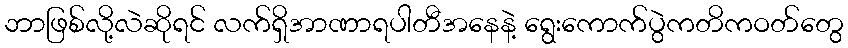
ဘာဖြစ်လို့လဲဆိုရင် လက်ရှိအာဏာရပါတီအနေနဲ့ ရွေးကောက်ပွဲကတိကဝတ်တွေ